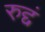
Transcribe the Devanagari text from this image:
रुद्दं